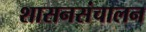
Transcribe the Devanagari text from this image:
शासनसंचालन